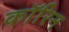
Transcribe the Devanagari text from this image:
कॉरिन